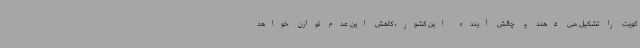
کویت را تشکیل می دهند و چالش آینده این کشور، کاهش این عدم توازن خواهد